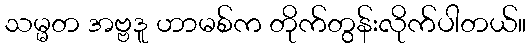
သမ္မတ အဗ္ဗဒူ ဟာမစ်က တိုက်တွန်းလိုက်ပါတယ်။